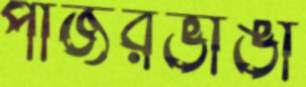
পাজরভাঙা